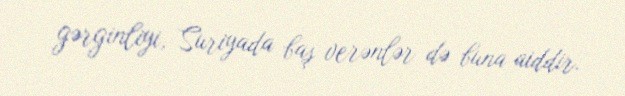
gərginliyi, Suriyada baş verənlər də buna aiddir.